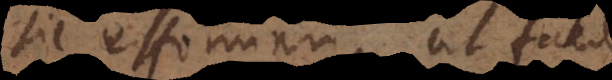
sic efformari, ut facile